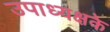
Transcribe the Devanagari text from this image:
उपाध्यक्षके